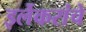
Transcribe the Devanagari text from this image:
इर्लेकरांचे